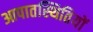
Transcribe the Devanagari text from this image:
आपातस्थितियों